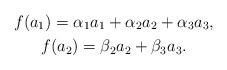
LaTeX: \begin{gather*}f(a_{1})=\alpha_{1}a_{1}+\alpha_{2}a_{2}+\alpha_{3}a_{3},\\f(a_{2})=\beta_{2}a_{2}+\beta_{3}a_{3}.\end{gather*}